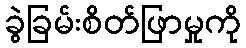
ခွဲခြမ်းစိတ်ဖြာမှုကို